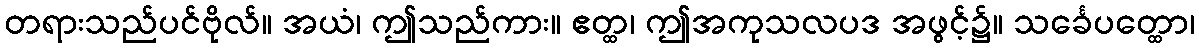
တရားသည်ပင်ဗိုလ်။ အယံ၊ ဤသည်ကား။ ဧတ္ထ၊ ဤအကုသလပဒ အဖွင့်၌။ သင်္ခေပတ္ထော၊